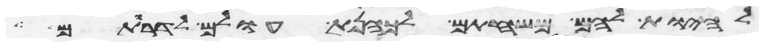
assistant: להיות להם משחתם לכהנת עולם לדרותם